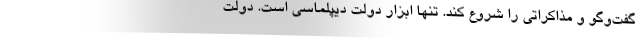
گفت‌وگو و مذاکراتی را شروع کند. تنها ابزار دولت دیپلماسی است. دولت